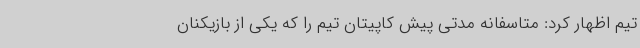
تیم اظهار کرد: متاسفانه مدتی پیش کاپیتان تیم را که یکی از بازیکنان